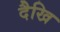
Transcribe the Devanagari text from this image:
दैखि